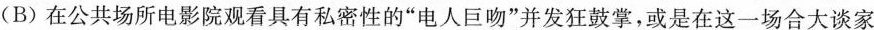
(B)在公共场所电影院观看具有私密性的”电人巨吻”并发狂鼓掌，或是在这一场合大谈家